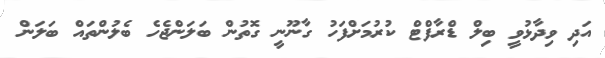
އަދި ވިދާޅުވީ ބިލް ޑްރާފްޓް ކުރުމަށްފަހު ގާނޫނީ ގޮތުން ބަލަންޖެހެ ބެލުންތައް ބަލަން